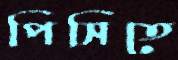
পিসিতে